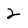
Character: 2